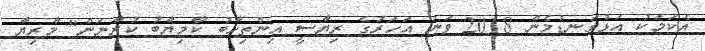
އެކަމަކު އަޅުގަނޑުމެން 2018 ވަނަ އަހަރުގެ ރިޔާސީ އިންތިހާބު ކާމިޔާބު ކުރާނަން" މާރިޔާ